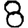
Digit: 8